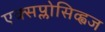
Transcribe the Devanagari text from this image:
एक्सप्लोसिव्ह्वज